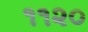
૧૧૨૦